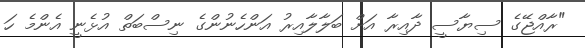
"ރާއްޖޭގެ ސިޔާސީ ދާއިރާ އަށް ބަލާލާއިރު އަންހެނުންގެ ނިސްބަތް އުޅެނީ އެންމެ ހަ